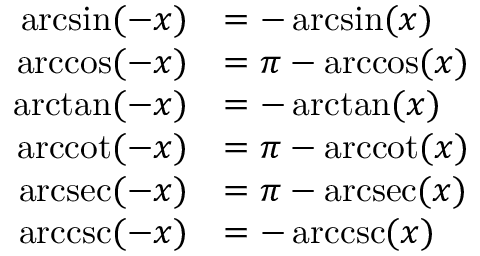
{ \begin{array} { r l } { \arcsin ( - x ) } & { = - \arcsin ( x ) } \\ { \operatorname { a r c c o s } ( - x ) } & { = \pi - \operatorname { a r c c o s } ( x ) } \\ { \arctan ( - x ) } & { = - \arctan ( x ) } \\ { \operatorname { a r c c o t } ( - x ) } & { = \pi - \operatorname { a r c c o t } ( x ) } \\ { \operatorname { a r c s e c } ( - x ) } & { = \pi - \operatorname { a r c s e c } ( x ) } \\ { \operatorname { a r c c s c } ( - x ) } & { = - \operatorname { a r c c s c } ( x ) } \end{array} }